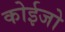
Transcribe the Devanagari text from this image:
कोईजो